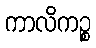
ကာလိကဉ္စ